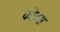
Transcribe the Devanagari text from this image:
कोटस